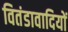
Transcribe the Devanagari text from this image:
वितंडावादियों